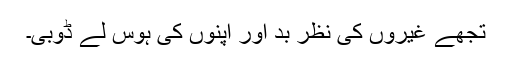
تجھے غیروں کی نظرِ بد اور اپنوں کی ہوس لے ڈوبی۔